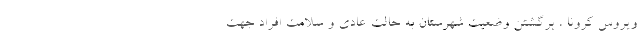
ویروس کرونا ، برگشتن وضعیت شهرستان به حالت عادی و سلامت افراد جهت